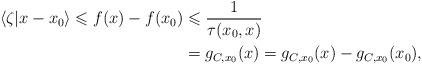
LaTeX: \begin{align*} \left< \zeta\middle| x-x_0\right> \leqslant f(x)-f(x_0) &\leqslant\frac{1}{\tau(x_0,x)} \\ &=g_{C,x_0}(x) =g_{C,x_0}(x)-g_{C,x_0}(x_0),\end{align*}